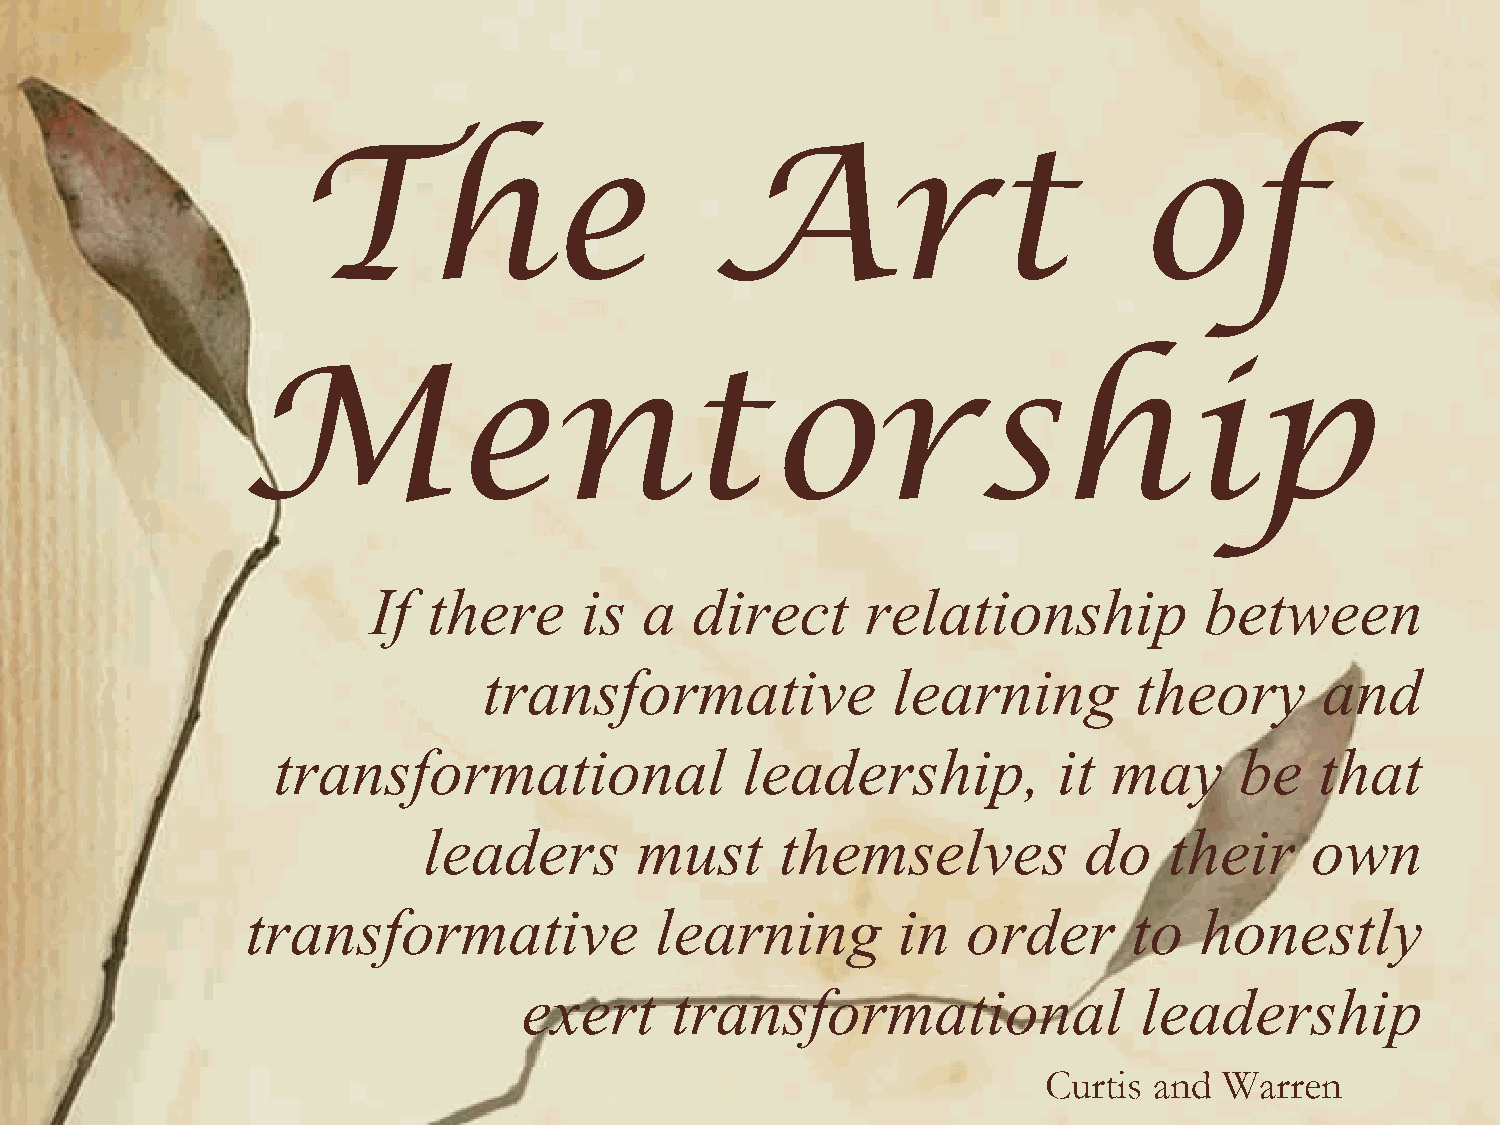
The                        Art                         of
 Mentorship
 If  there     is  a   direct     relationship           between
 transformative             learning        theory      and
 transformational               leadership,          it  may     be   that
 leaders       must      themselves          do   their     own
 transformative             learning        in   order      to  honestly
 exert     transformational               leadership
 Curtis and  Warren